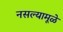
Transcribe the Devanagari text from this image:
नसल्यामूळे